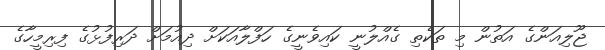
ޖޫލިއަންގެ އަތުން މި ތަކެތި ގެއްލުނީ ކައިވެނީގެ ހަފްލާއަކަށް ދިއުމަށް ދަރިފުޅުގެ ފިރިމީހާގެ